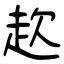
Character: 赼